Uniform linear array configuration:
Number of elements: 4
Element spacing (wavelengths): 1
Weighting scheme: blackman
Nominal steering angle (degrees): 0
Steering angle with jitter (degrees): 1.661
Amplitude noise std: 0.05
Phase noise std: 0.05

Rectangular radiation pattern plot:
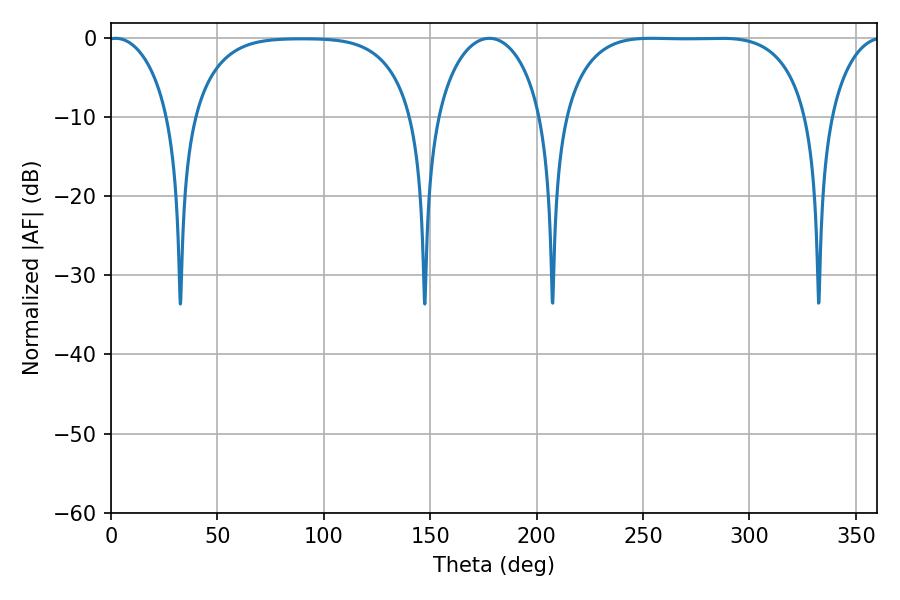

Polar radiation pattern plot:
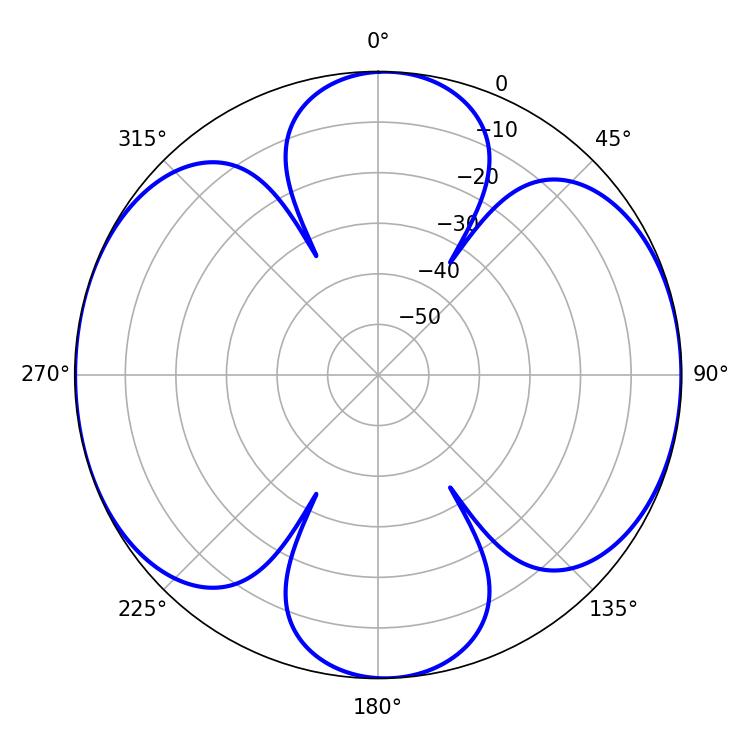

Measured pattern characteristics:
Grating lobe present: TRUE
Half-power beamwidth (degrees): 89.28
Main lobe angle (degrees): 253.98